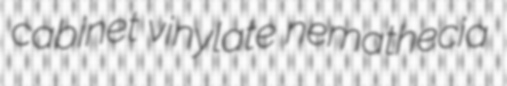
cabinet vinylate nemathecia